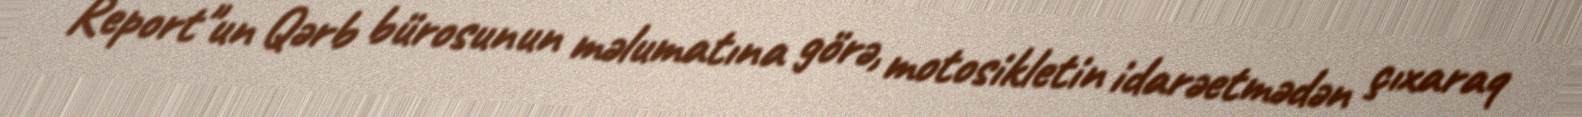
Report"un Qərb bürosunun məlumatına görə, motosikletin idarəetmədən çıxaraq